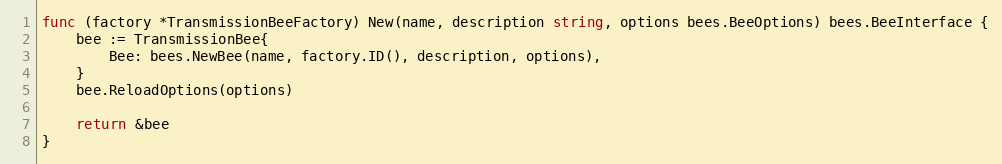
Language: Go
func (factory *TransmissionBeeFactory) New(name, description string, options bees.BeeOptions) bees.BeeInterface {
	bee := TransmissionBee{
		Bee: bees.NewBee(name, factory.ID(), description, options),
	}
	bee.ReloadOptions(options)

	return &bee
}